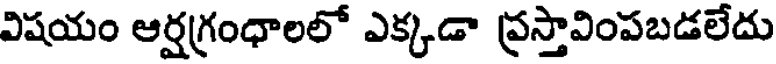
విషయం ఆర్షగ్రంధాలలో ఎక్కడా ప్రస్తావింపబడలేదు